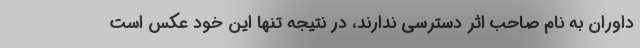
داوران به نام صاحب اثر دسترسی ندارند، در نتیجه تنها این خود عکس است